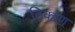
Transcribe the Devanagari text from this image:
ठिकाण्